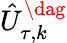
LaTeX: \hat{U}_{\tau,k}^{\dag}